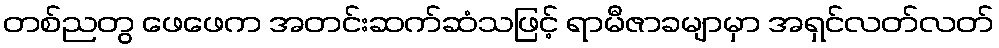
တစ်ညတွ ဖေဖေက အတင်းဆက်ဆံသဖြင့် ရာမီဇာခမျာမှာ အရှင်လတ်လတ်